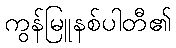
ကွန်မြူနစ်ပါတီ၏